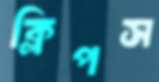
ক্লিপস